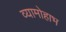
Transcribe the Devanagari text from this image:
व्यामोहाभ